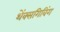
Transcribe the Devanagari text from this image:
थेंक्सगिविंग